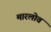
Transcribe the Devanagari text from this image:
मारलोव